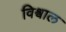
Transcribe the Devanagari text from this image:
विश्वाल